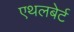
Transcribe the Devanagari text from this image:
एथलबेर्ट